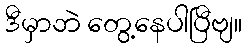
ဒီမှာဘဲ တွေ့နေပါပြီဗျ။